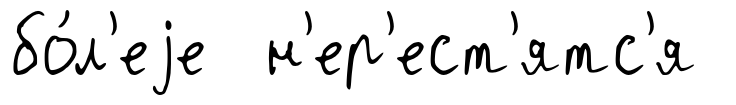
бо́л'еjе н'ер'ест'ятс'я